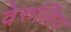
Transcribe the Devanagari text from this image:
वेरुलिय